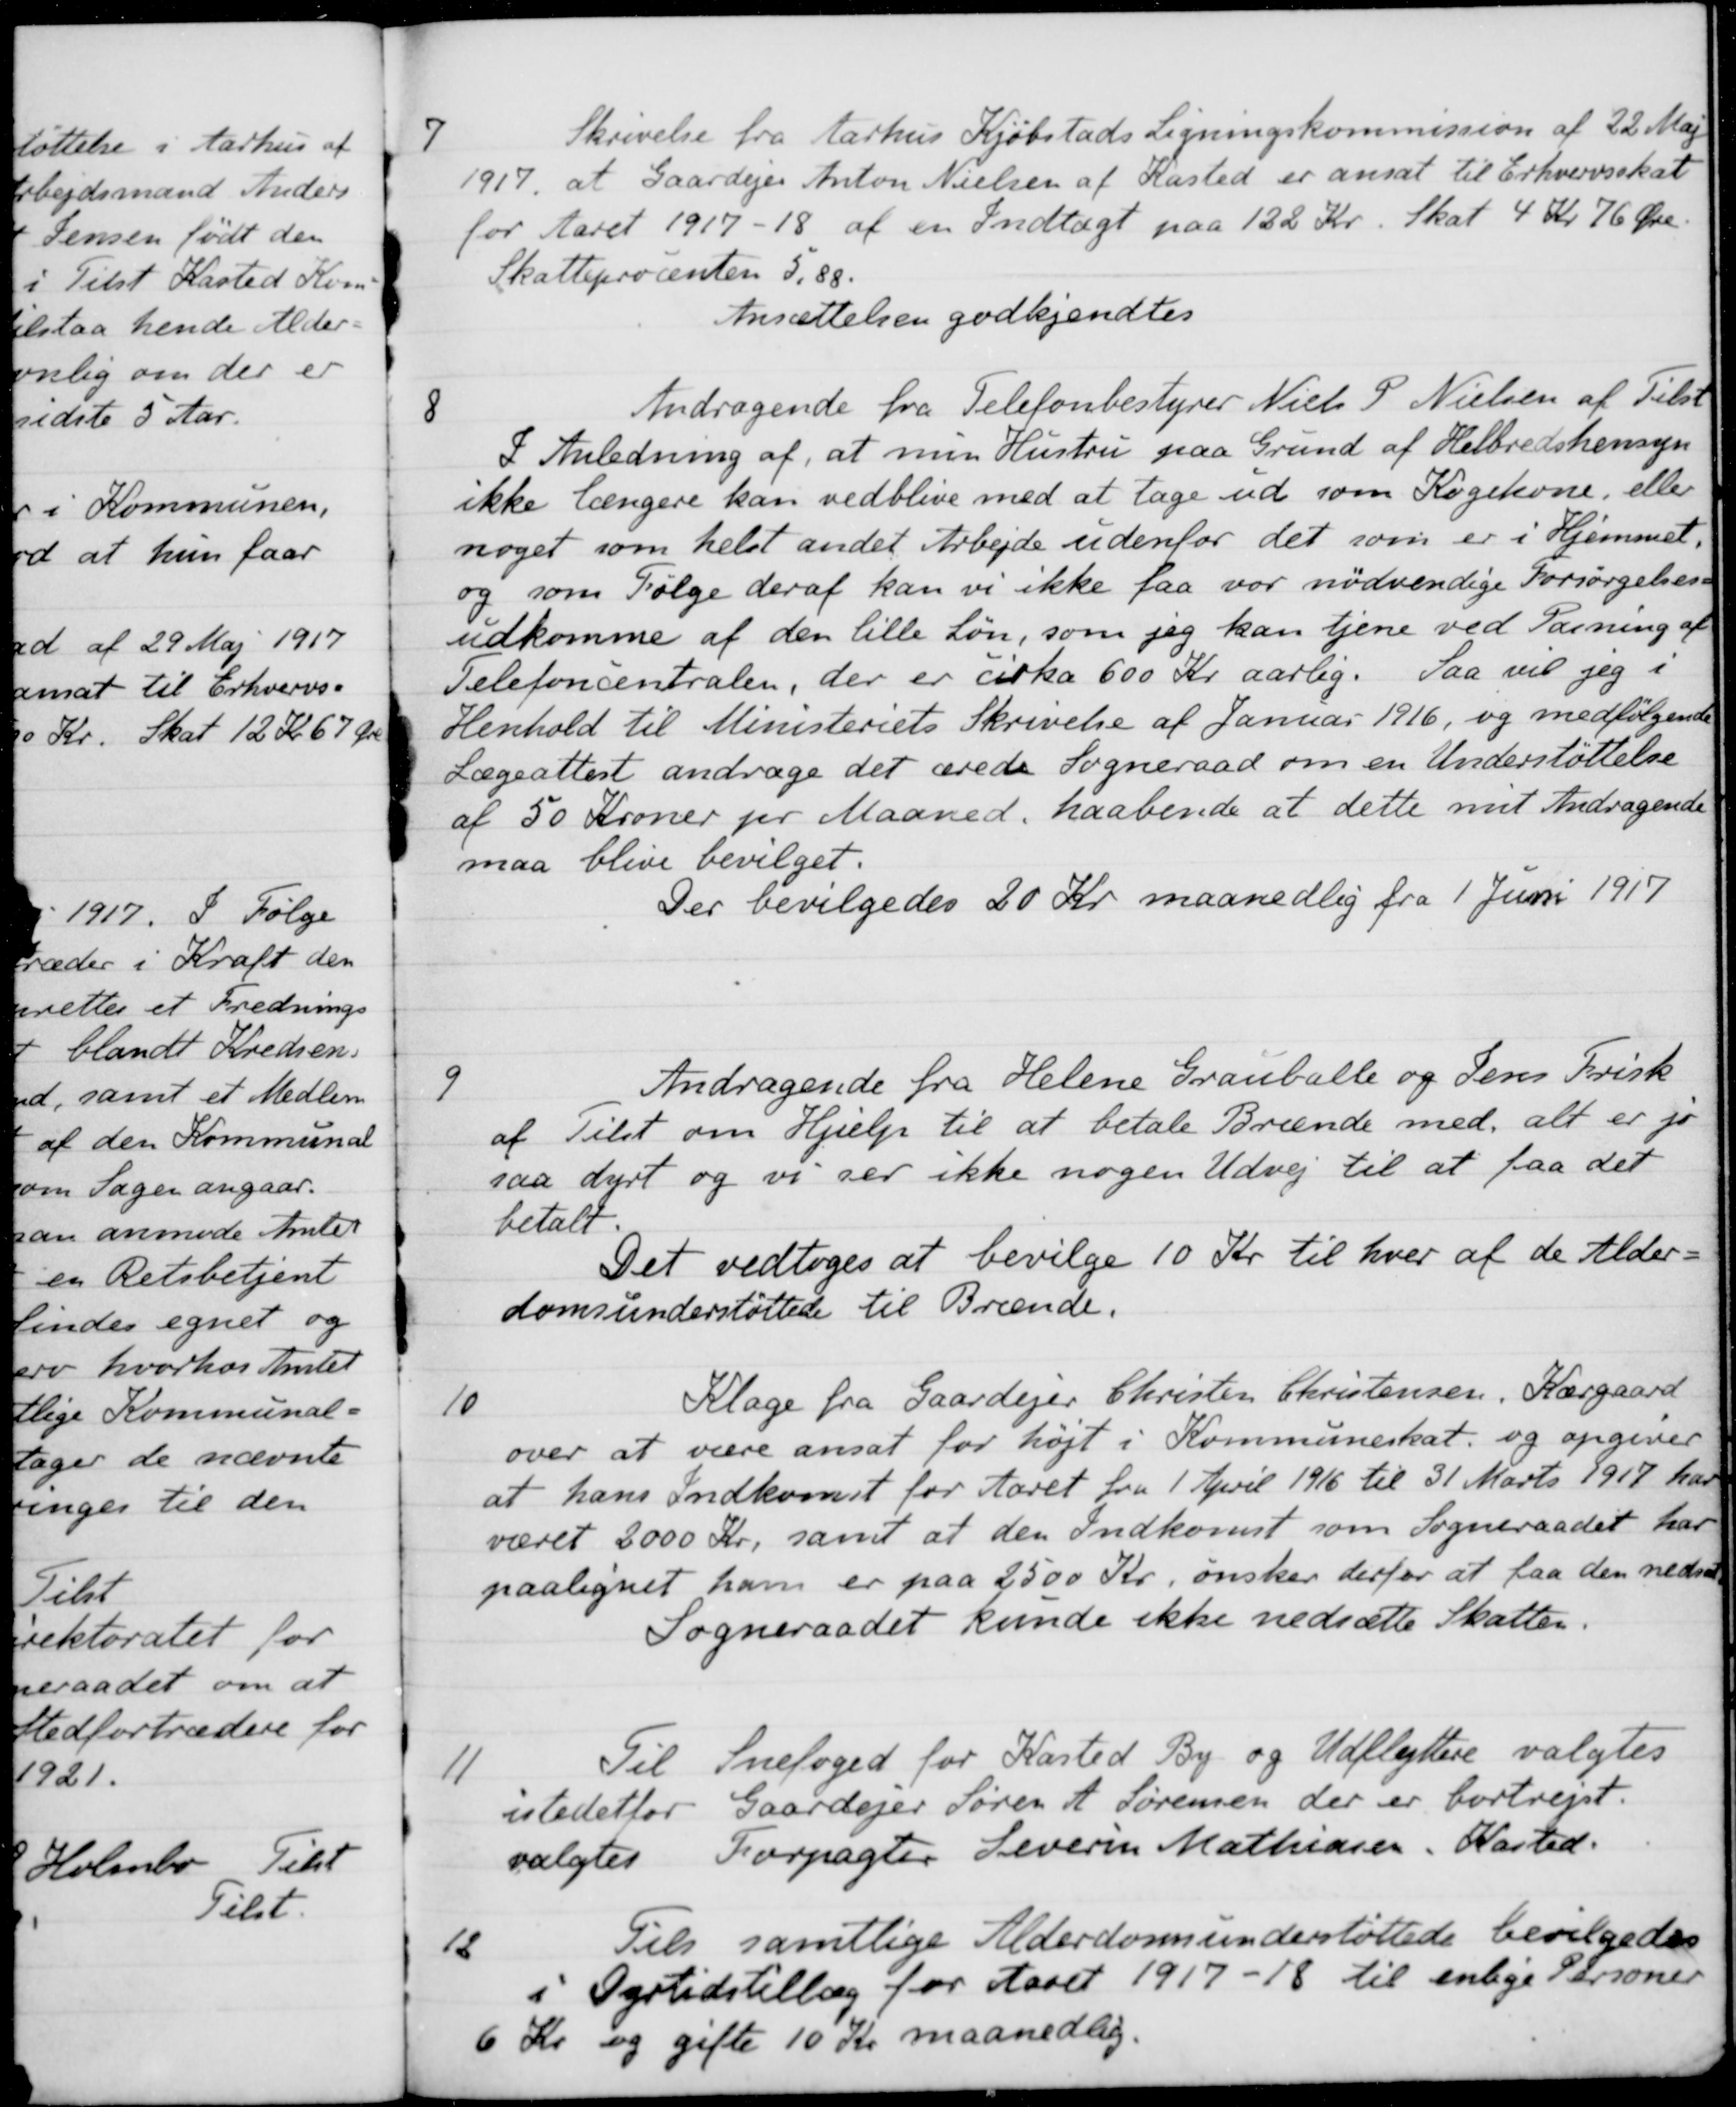
Transskription:
7
Skrivelse fra Aarhus Kjøbstads Ligningskommission af 22 Maj
1917, at Gaardejer Anton Nielsen af Kasted er ansat til Erhvervsskat
for Aaret 1917-18 af en Indtægt paa 122 Kr. skat 4 Kr 76 Øre.
Skatteprocenten 5,88.
Ansættelsen godkjendtes
8
Andragende fra Telefonbestyrer Niels P. Nielsen af Tilst
I Anledning af, at min Hustru paa Grund af Helbredshensyn
ikke længere kan vedblive med at tage ud som Kogekone, eller
noget som helst andet Arbejde udenfor det som er i Hjemmet,
og som Følge deraf kan vi ikke faa vor nødvendige Forsørgelses-
udkomme af den lille Løn, som jeg kan tjene ved Pasning af
Telefoncentralen, der er cirka 600 Kr aarlig. Saa vil jeg i
Henhold til Ministeriets Skrivelse af Januar 1916, og medfølgende
Lægeattest andrage det ærede Sogneraad om en Understøttelse
af 50 Kroner pr Maaned, haabende at dette mit Andragende
maa blive bevilget.
Der bevilgedes 20 Kr maanedlig fra 1 Juni 1917
9
Andragende fra Helene Grauballe og Jens Frisk
af Tilst om Hjælp til at betale Brænde med, alt er jo
saa dyrt og vi ser ikke nogen Udvej til at faa det
betalt.
Det vedtoges at bevilge 10 Kr. til hver af de Alder-
domsunderstøttede til Brænde.
10
Klage fra Gaardejer Christen Christensen, Kærgaard
over at være ansat for højt i Kommuneskat, og opgiver
at hans Indkomst for Aaret fra 1 April 1916 til 31 Marts 1917 har
været 2000 Kr, samt at den Indkomst som Sogneraadet har
paalignet ham er paa 2500 Kr, ønsker derfor at faa den nedsat
Sogneraadet kunde ikke nedsætte Skatten.
11
Til Snefoged for Kasted By og Udflyttere valgtes
istedetfor Gaardejer Søren A. Sørensen der er bortrejst.
valgtes Forpagter Severin Mathiasen. Kasted.
12
Til samtlige Alderdomsunderstøttede bevilgedes
i Dyrtidstillæg for Aaret 1917-18 til enlige Personer
6 Kr og gifte 10 Kr maanedlig.